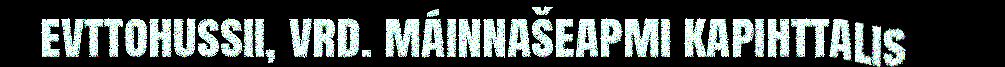
evttohussii, vrd. máinnašeapmi kapihttalis